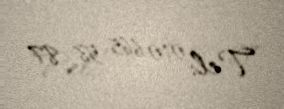
Tel: 010 665 58 87